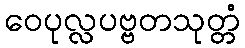
ဝေပုလ္လပဗ္ဗတသုတ္တံ